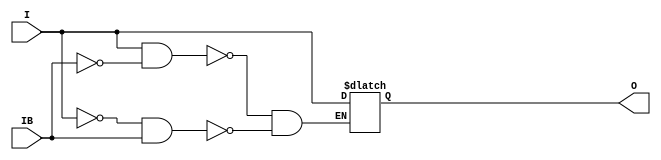
// $Header: /devl/xcs/repo/env/Databases/CAEInterfaces/verunilibs/s/IBUFDS_LVDSEXT_33.v,v 1.8.22.1 2003/11/18 20:41:34 wloo Exp $

/*

FUNCTION	: INPUT BUFFER

*/

`timescale  100 ps / 10 ps


module IBUFDS_LVDSEXT_33 (O, I, IB);

    output O;

    input  I, IB;

    reg o_out;

    buf b_0 (O, o_out);

    always @(I or IB) begin
	if (I == 1'b1 && IB == 1'b0)
	    o_out <= I;
	else if (I == 1'b0 && IB == 1'b1)
	    o_out <= I;
    end

    specify
	(I *> O) = (0, 0);
    endspecify

endmodule